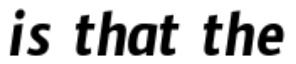
is that the